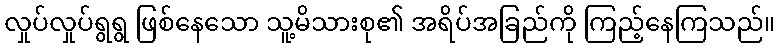
လှုပ်လှုပ်ရွရွ ဖြစ်နေသော သူ့မိသားစု၏ အရိပ်အခြည်ကို ကြည့်နေကြသည်။